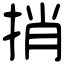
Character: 捎